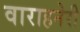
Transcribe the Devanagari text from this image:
वाराहनेरी